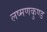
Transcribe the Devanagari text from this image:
लष्मणकुण्ड